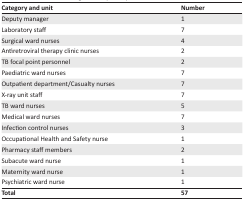
<table><thead><tr><td><b>Category and unit</b></td><td><b>Number</b></td></tr></thead><tbody><tr><td>Deputy manager</td><td>1</td></tr><tr><td>Laboratory staff</td><td>7</td></tr><tr><td>Surgical ward nurses</td><td>4</td></tr><tr><td>Antiretroviral therapy clinic nurses</td><td>2</td></tr><tr><td>TB focal point personnel</td><td>2</td></tr><tr><td>Paediatric ward nurses</td><td>7</td></tr><tr><td>Outpatient department/Casualty nurses</td><td>7</td></tr><tr><td>X-ray unit staff</td><td>7</td></tr><tr><td>TB ward nurses</td><td>5</td></tr><tr><td>Medical ward nurses</td><td>7</td></tr><tr><td>Infection control nurses</td><td>3</td></tr><tr><td>Occupational Health and Safety nurse</td><td>1</td></tr><tr><td>Pharmacy staff members</td><td>2</td></tr><tr><td>Subacute ward nurse</td><td>1</td></tr><tr><td>Maternity ward nurse</td><td>1</td></tr><tr><td>Psychiatric ward nurse</td><td>1</td></tr><tr><td><b>Total</b></td><td><b>57</b></td></tr></tbody></table>